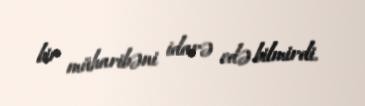
bir müharibəni idarə edə bilmirdi.